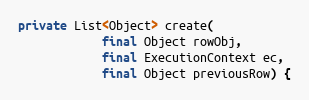
Language: Java
private List<Object> create(
            final Object rowObj,
            final ExecutionContext ec,
            final Object previousRow) {